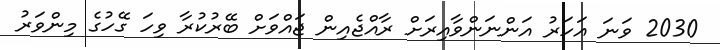
2030 ވަނަ އަހަރު އަންނަންވާއިރަށް ރާއްޖެއިން ޖައްވަށް ބޭރުކުރާ ވިހަ ގޭހުގެ މިންވަރު